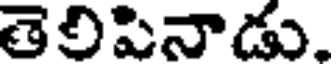
తెలిపినాడు.